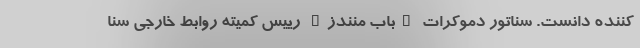
کننده دانست. سناتور دموکرات "باب منندز" رییس کمیته روابط خارجی سنا